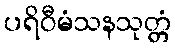
ပရိဝီမံသနသုတ္တံ